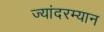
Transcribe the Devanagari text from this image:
ज्यांदरम्यान